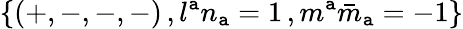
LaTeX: \{ (+,-,-,-)\, ,l^{\mathtt{a}}n_{\mathtt{a}}=1\, ,m^{\mathtt{a}}{\bar{{m}}}_{\mathtt{a}}=-1\}